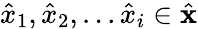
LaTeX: \hat{x}_{1},\hat{x}_{2},...\hat{x}_{i}\in\hat{\textbf{x}}